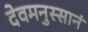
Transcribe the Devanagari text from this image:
देवमनुस्सानं